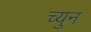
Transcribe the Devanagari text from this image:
च्युन